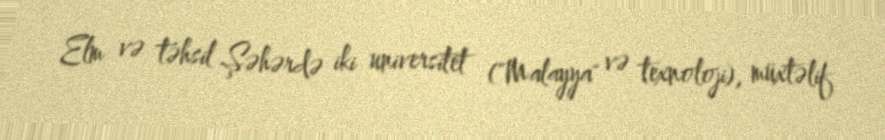
Elm və təhsil Şəhərdə iki universitet ("Malayya" və texnoloji), müxtəlif